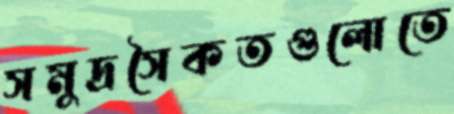
সমুদ্রসৈকতগুলোতে